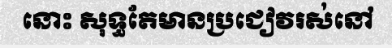
នោះ សុទ្ធតែមានប្រជៀវរស់នៅ